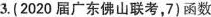
3.(2020届广东佛山联考，7)函数